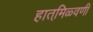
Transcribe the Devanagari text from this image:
हातमि़ळ्वणी